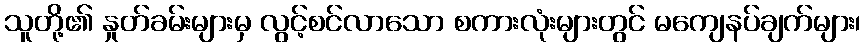
သူတို့၏ နှုတ်ခမ်းများမှ လွင့်စင်လာသော စကားလုံးများတွင် မကျေနပ်ချက်များ၊